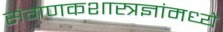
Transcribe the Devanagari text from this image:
संगणकशास्त्रज्ञांमध्ये